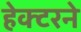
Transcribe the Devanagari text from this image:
हेक्टरने